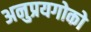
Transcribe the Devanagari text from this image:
अनुप्रयगोको